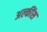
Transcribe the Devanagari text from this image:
अल्कींस